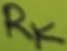
Text: RK